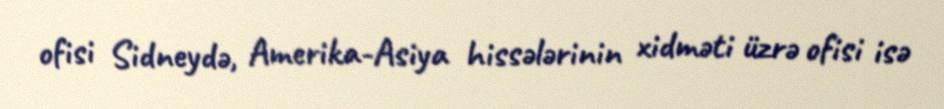
ofisi Sidneydə, Amerika-Asiya hissələrinin xidməti üzrə ofisi isə